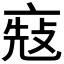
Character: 𠅬